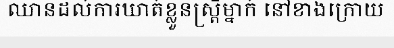
ឈានដល់ការឃាត់ខ្លួនស្ត្រីម្នាក់ នៅខាងក្រោយ